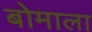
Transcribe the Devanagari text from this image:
बोमाला